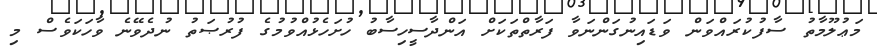
މަޢުލޫމާތު ސާފުކުރައްވަން ވަޑައިނުގަންނަވާ ފަރާތްތަކަށް އަންދާސީހިސާބު ހުށަހެޅުއްވުމުގެ ފުރުޞަތު ނުދެވޭނެ ވާހަކަވެސް މި